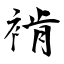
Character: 褃